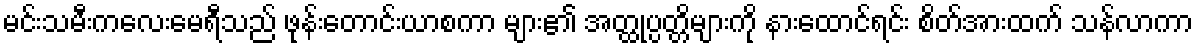
မင်းသမီးကလေးမေရီသည် ဖုန်းတောင်းယာစကာ များ၏ အတ္ထုပ္ပတ္တိများကို နားထောင်ရင်း စိတ်အားထက် သန်လာကာ